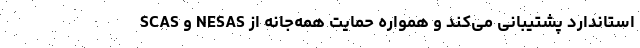
استاندارد پشتیبانی می‌کند و همواره حمایت همه‌جانه از NESAS و SCAS